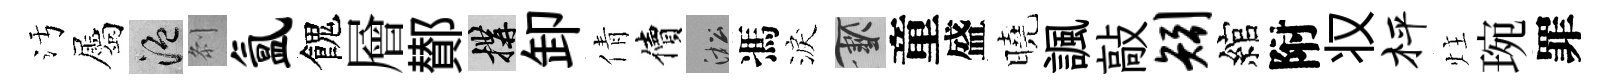
污屬温𠛴氲餽層鄼構卸倩價淞馮淚草童盛曉諷敲矧綰附𠬧枰炷琬罪